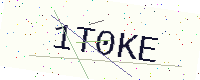
Text: 1T0KE